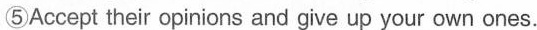
⑤Accept their opinions and give up your own ones.